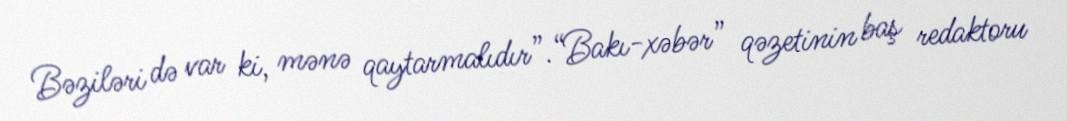
Bəziləri də var ki, mənə qaytarmalıdır”.“Bakı-xəbər” qəzetinin baş redaktoru